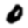
Digit: 0